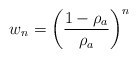
\begin{align*} w_n=\left( \frac{1-\rho_a}{\rho_a}\right)^n\end{align*}